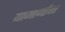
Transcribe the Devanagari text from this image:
यामार्गावर